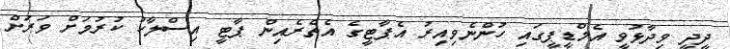
ދީދީ ވިދާޅުވީ އެމްޑީޕީގައި ހުންނެވިއިރު އެޕާޓީގެ އެތެރެއިން ޕާޓީ އިސްލާހު ކުރުމަށް ވަރަށް